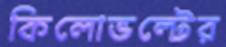
কিলোভল্টের